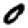
Digit: 0